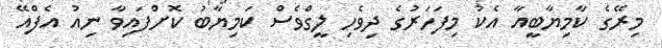
މިރޭގެ ކާމިޔާބީއާ އެކު މިފަހަރުގެ ދިވެހި ލީގްވެސް ކަމިޔާބު ކޮށްފައިވާ ނިއު އެފްއޭ